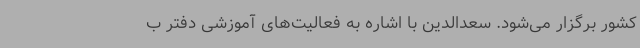
کشور برگزار می‌شود. سعدالدین با اشاره به فعالیت‌های آموزشی دفتر ب